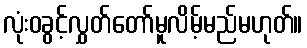
လုံးဝခွင့်လွှတ်တော်မူလိမ့်မည်မဟုတ်။